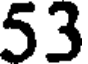
53